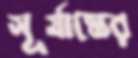
সূর্যাস্তের